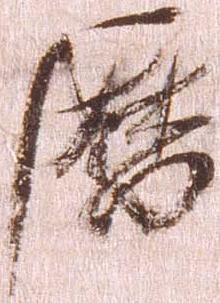
暦